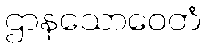
ဌာနသောဝေတံ